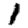
Digit: 1